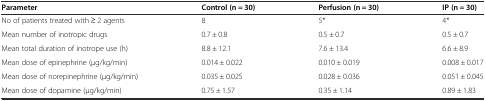
<table><thead><tr><td><b>Parameter</b></td><td><b>Control (n = 30)</b></td><td><b>Perfusion (n = 30)</b></td><td><b>IP (n = 30)</b></td></tr></thead><tbody><tr><td>No of patients treated with ≥ 2 agents</td><td>8</td><td>5*</td><td>4*</td></tr><tr><td>Mean number of inotropic drugs</td><td>0.7 ± 0.8</td><td>0.5 ± 0.7</td><td>0.5 ± 0.7</td></tr><tr><td>Mean total duration of inotrope use (h)</td><td>8.8 ± 12.1</td><td>7.6 ± 13.4</td><td>6.6 ± 8.9</td></tr><tr><td>Mean dose of epinephrine (μg/kg/min)</td><td>0.014 ± 0.022</td><td>0.010 ± 0.019</td><td>0.008 ± 0.017</td></tr><tr><td>Mean dose of norepinephrine (μg/kg/min)</td><td>0.035 ± 0.025</td><td>0.028 ± 0.036</td><td>0.051 ± 0.045</td></tr><tr><td>Mean dose of dopamine (μg/kg/min)</td><td>0.75 ± 1.57</td><td>0.35 ± 1.14</td><td>0.89 ± 1.83</td></tr></tbody></table>